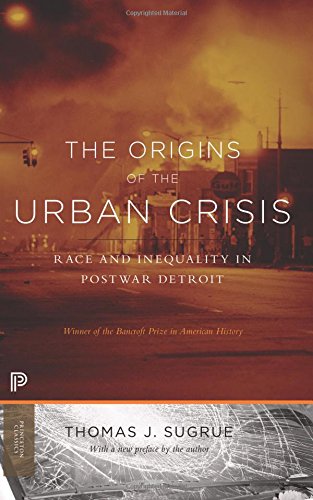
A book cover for The Origins of the Urban Crisis: Race and Inequality in Postwar Detroit (Princeton Classics); Thomas J. Sugrue; Business & Money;